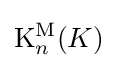
\mathrm {K} _{n}^{\mathrm {M} }(K)